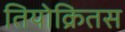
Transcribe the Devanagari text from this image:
तियोक्रितस